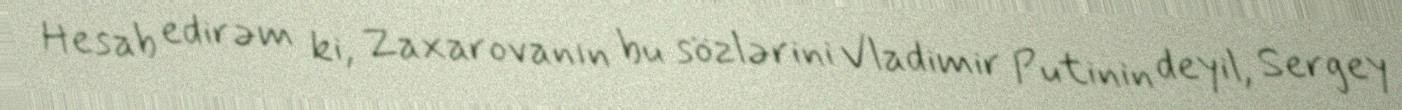
Hesab edirəm ki, Zaxarovanın bu sözlərini Vladimir Putinin deyil, Sergey